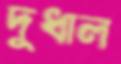
দুধাল